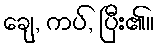
ချေ, ကပ်, ပြီး၏။